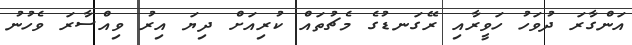
އަންގާރަ ދުވަހު ހަވީރާއި ރޭގަނޑުގެ މެޗުތައް ކުރިއަށް ދިޔަ އިރު ވިއްސާރަ ވެހުނު